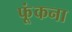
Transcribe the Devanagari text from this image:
फूंकना